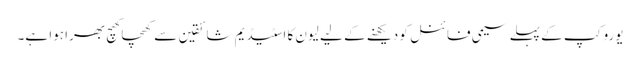
یورو کپ کے پہلے سیمی فائنل کو دیکھنے کے لیے لیون کا اسٹیڈیم شائقین سے کھچا کھچ بھرا ہوا ہے۔